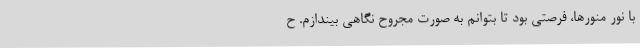
با نور منورها، فرصتی بود تا بتوانم به صورت مجروح نگاهی بیندازم. ح